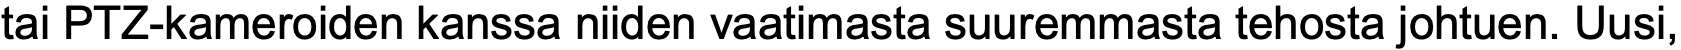
tai PTZ-kameroiden kanssa niiden vaatimasta suuremmasta tehosta johtuen. Uusi,